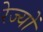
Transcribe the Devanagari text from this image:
रेज्यों